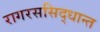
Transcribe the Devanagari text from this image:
रागरससिद्धान्त